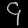
Digit: ၄